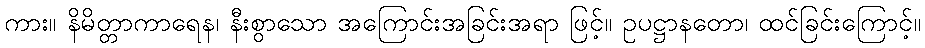
ကား။ နိမိတ္တာကာရေန၊ နီးစွာသော အကြောင်းအခြင်းအရာ ဖြင့်။ ဥပဋ္ဌာနတော၊ ထင်ခြင်းကြောင့်။